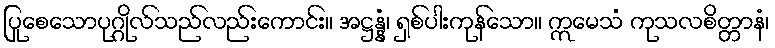
ပြုစေသောပုဂ္ဂိုလ်သည်လည်းကောင်း။ အဋ္ဌန္နံ၊ ရှစ်ပါးကုန်သော။ ဣမေသံ ကုသလစိတ္တာနံ၊